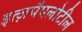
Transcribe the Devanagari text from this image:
इत्ज़पैपलोटील